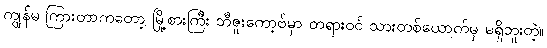
ကျွန်မ ကြားတာကတော့ မြို့စားကြီး ဘီဇူးကော့ဗ်မှာ တရားဝင် သားတစ်ယောက်မှ မရှိဘူးတဲ့။